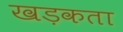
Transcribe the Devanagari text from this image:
खड़कता